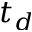
t _ { d }